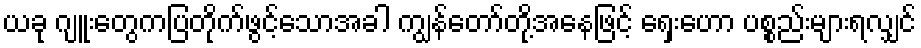
ယခု ဂျူးတွေကပြတိုက်ဖွင့်သောအခါ ကျွန်တော်တို့အနေဖြင့် ရှေးဟော ပစ္စည်းများရလျှင်